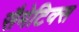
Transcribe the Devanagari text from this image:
सैमेटिक्स